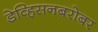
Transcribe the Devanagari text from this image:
डेव्हिसनबरोबर